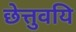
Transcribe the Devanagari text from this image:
छेत्तुवयि